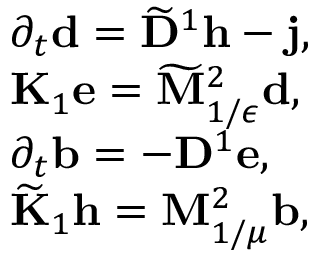
\begin{array} { r l } & { \partial _ { t } \mathbf { d } = \widetilde { \mathbf { D } } ^ { 1 } \mathbf { h } - \mathbf { j } , } \\ & { \mathbf { K } _ { 1 } \mathbf { e } = \widetilde { \mathbf { M } } _ { 1 / \epsilon } ^ { 2 } \mathbf { d } , } \\ & { \partial _ { t } \mathbf { b } = - \mathbf { D } ^ { 1 } \mathbf { e } , } \\ & { \widetilde { \mathbf { K } } _ { 1 } \mathbf { h } = \mathbf { M } _ { 1 / \mu } ^ { 2 } \mathbf { b } , } \end{array}